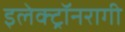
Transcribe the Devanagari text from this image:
इलेक्ट्रॉनरागी